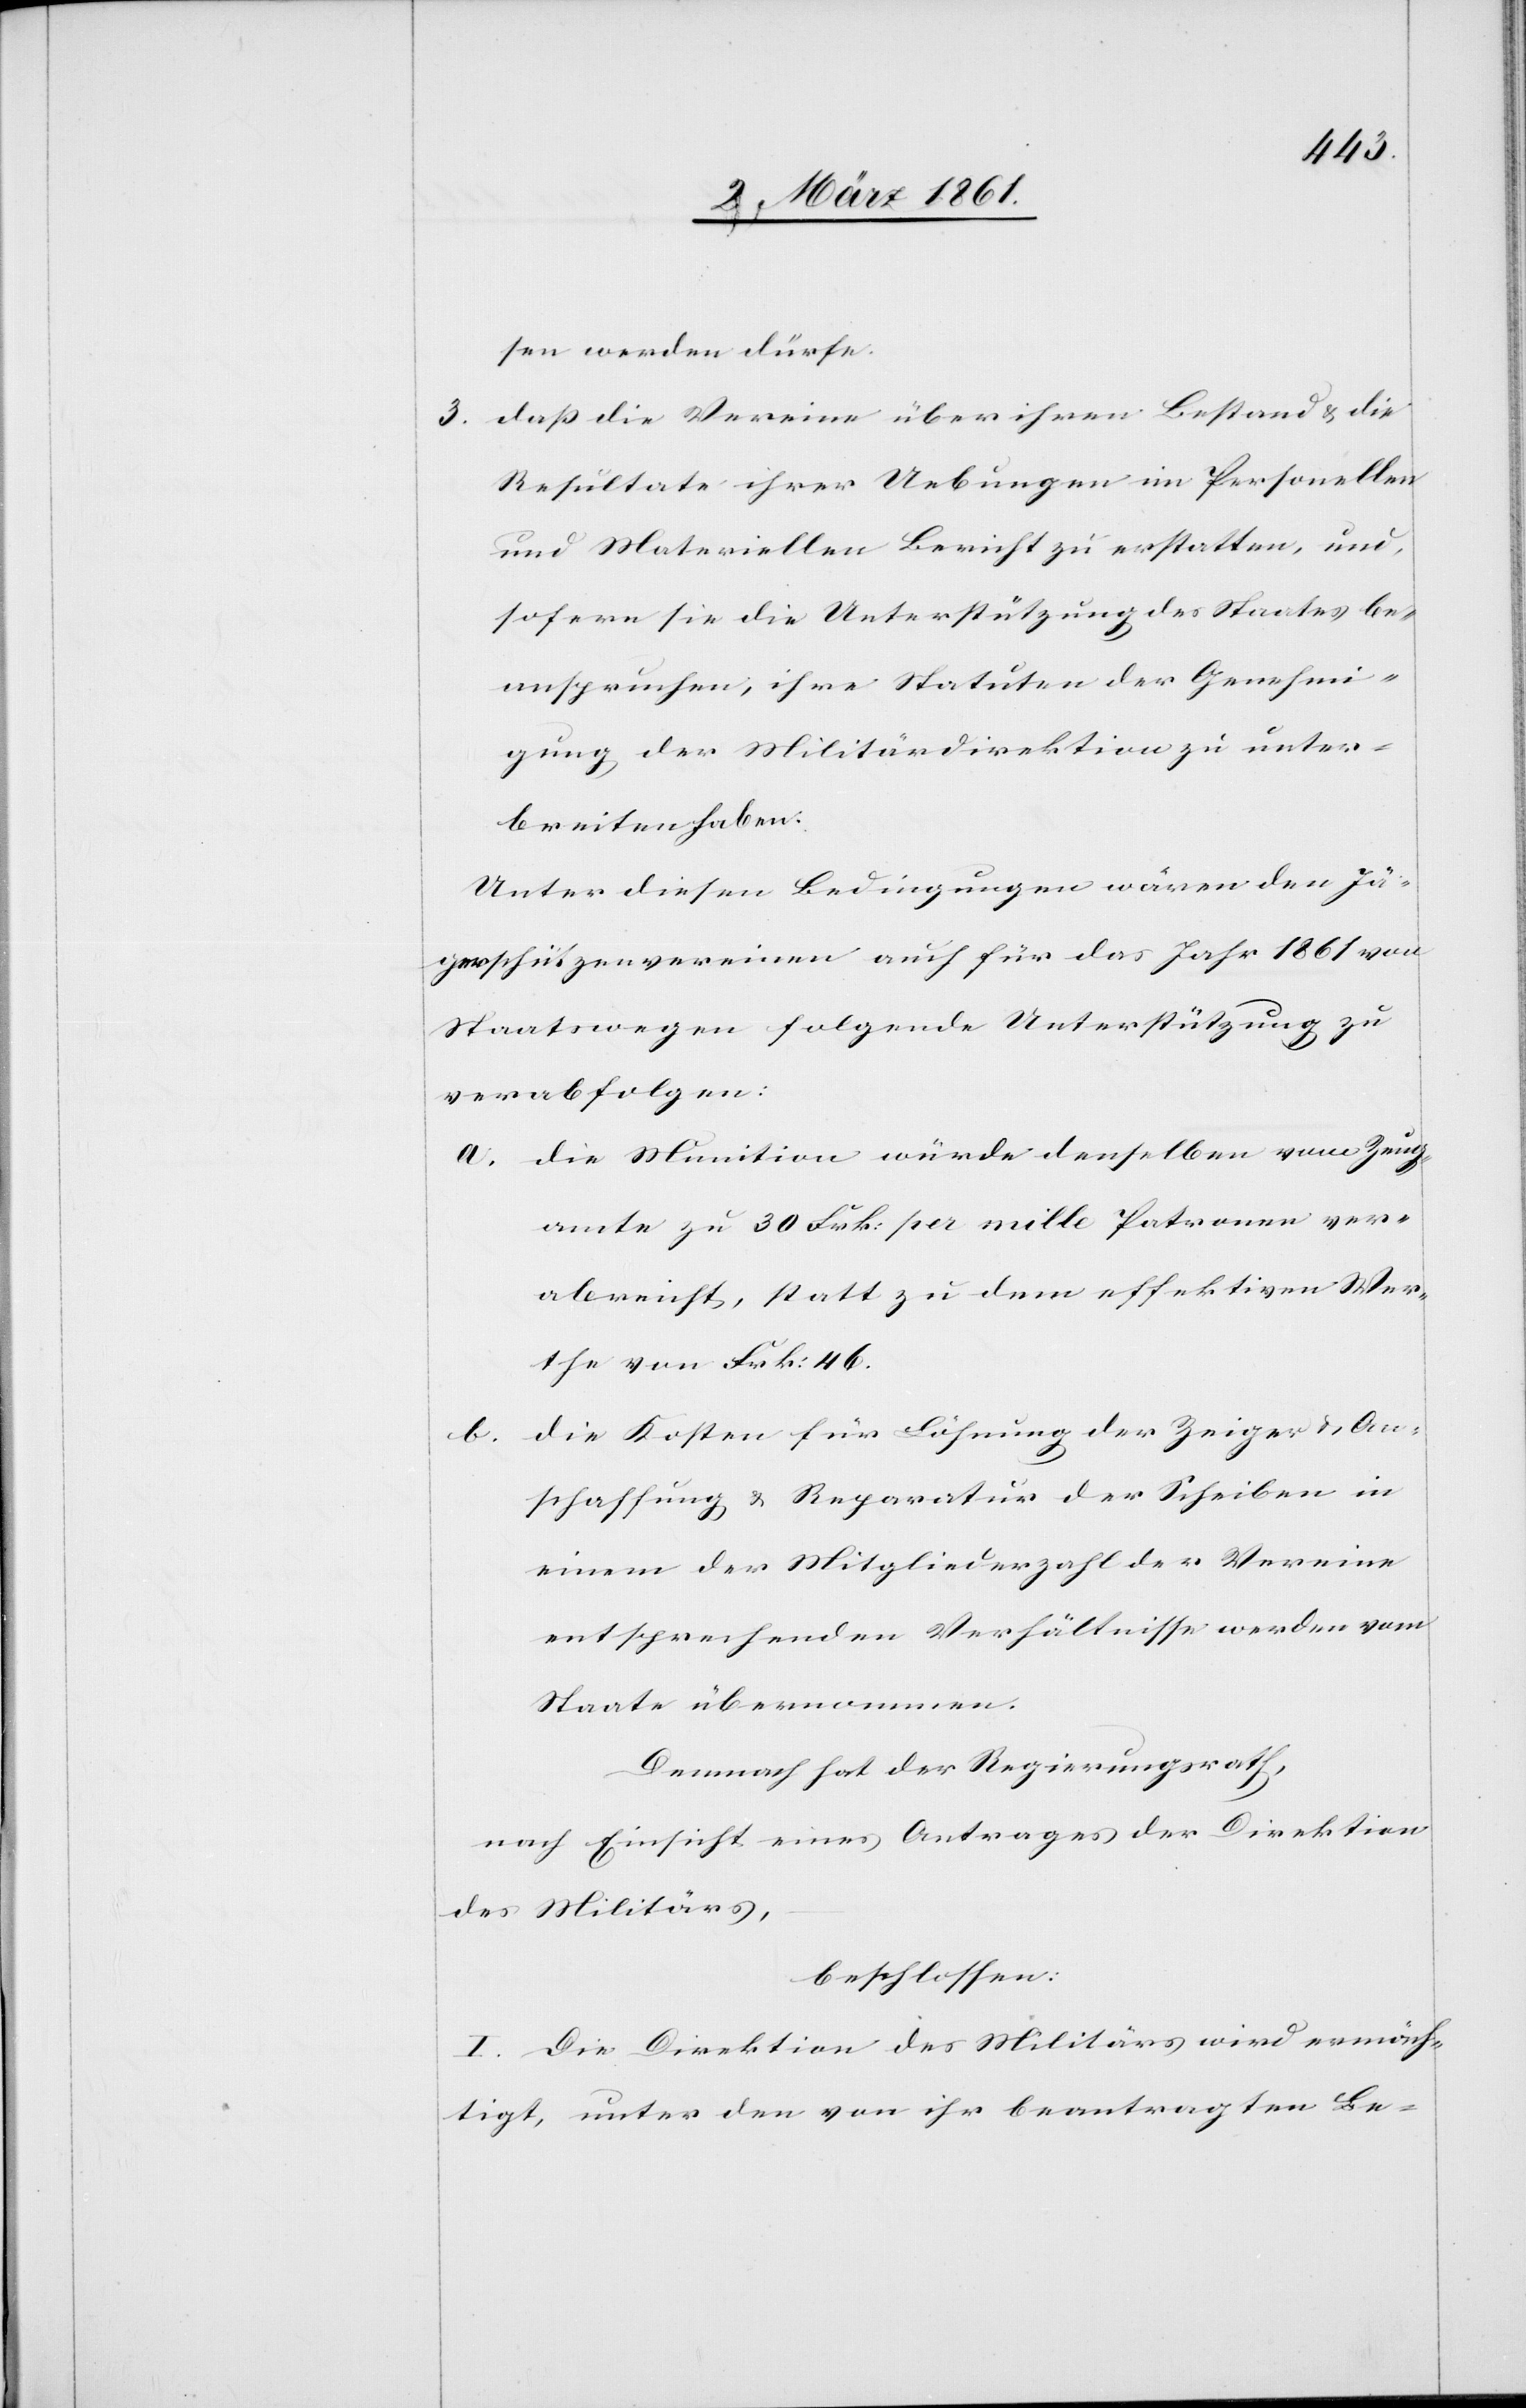
sen werden dürfe.
3. dass die Vereine über ihren Bestand u. die
Resultate ihrer Uebungen im Personellen
und Materiellen Bericht zu erstatten, und,
sofern sie die Unterstützung des Staates be¬
anspruchen, ihre Statuten der Genehmi¬
gung der Militärdirektion zu unter¬
breiten haben.
Unter diesen Bedingungen wären den Jä¬
gerschützenvereinen auch für das Jahr 1861 von
Staatswegen folgende Unterstützung zu
verabfolgen:
a. Die Munition würde denselben vom Zeug¬
amte zu 30 Frk per mille Patronen ver¬
abreicht, statt zu dem effektiven Wer¬
the von Frk. 46.
die Kosten für Löhnung der Zeiger u. An¬
b.
schaffung u. Reparatur der Scheiben in
einem der Mitgliederzahl der Vereine
entsprechenden Verhältnisse werden vom
Staate übernommen.
Demnach hat der Regierungsrath,
nach Einsicht eines Antrages der Direktion
des Militärs,
beschlossen:
I. Die Direktion des Militärs wird ermäch¬
tigt, unter den von ihr beantragten Be-